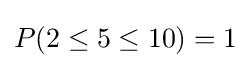
P(2\leq 5\leq 10)=1